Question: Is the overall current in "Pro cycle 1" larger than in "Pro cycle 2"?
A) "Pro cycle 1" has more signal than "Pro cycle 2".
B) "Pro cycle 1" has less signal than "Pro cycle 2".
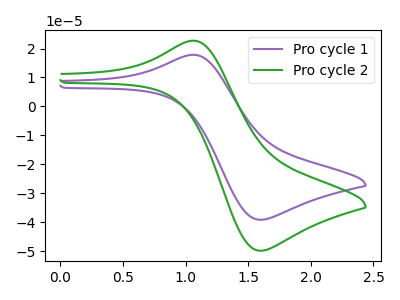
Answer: <think>The purple curve "Pro cycle 1" has an anodic peak at (1.05V, 17.85uA) and a cathodic peak at (1.60V, -39.15uA). The green curve "Pro cycle 2" has an anodic peak at (1.05V, 22.70uA) and a cathodic peak at (1.60V, -49.85uA).
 All the peaks in "Pro cycle 1" have a peak in "Pro cycle 2" at the same potential. Every peak in "Pro cycle 1" is lower than every peak in "Pro cycle 2".</think>
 <answer>B) "Pro cycle 1" has less signal than "Pro cycle 2".</answer>
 <eval>B</eval>